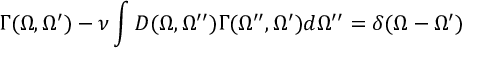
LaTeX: \Gamma ( \Omega , \Omega ^ { \prime } ) - \nu \int D ( \Omega , \Omega ^ { \prime \prime } ) \Gamma ( \Omega ^ { \prime \prime } , \Omega ^ { \prime } ) d \Omega ^ { \prime \prime } = \delta ( \Omega - \Omega ^ { \prime } )